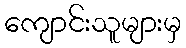
ကျောင်းသူများမှ